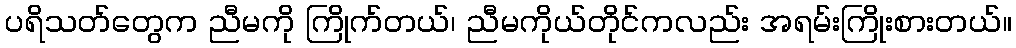
ပရိသတ်တွေက ညီမကို ကြိုက်တယ်၊ ညီမကိုယ်တိုင်ကလည်း အရမ်းကြိုးစားတယ်။